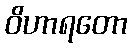
ဝိဟာရတော